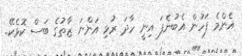
އެންމެ ފަހުން އެބުނެފަ އިނީ ހާދަ ރުޅި އަންނަ ޒާތުގެ ބަސް ކޮޅެކޭ..